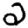
Digit: 2